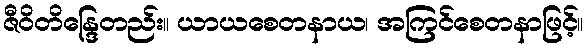
ဇီဝိတိန္ဒြေတည်း။ ယာယစေတနာယ၊ အကြင်စေတနာဖြင့်။